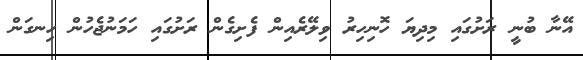
އޭނާ ބުނީ ރަށުގައި މިދިޔަ ހޮނިހިރު ވިލޭރެއިން ފެށިގެން ރަށުގައި ހަމަނުޖެހުން ހިނގަން